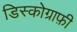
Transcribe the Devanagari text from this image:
डिस्कोग्राफ़ी